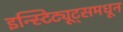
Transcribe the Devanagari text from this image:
इन्स्टिट्यूट्समधून